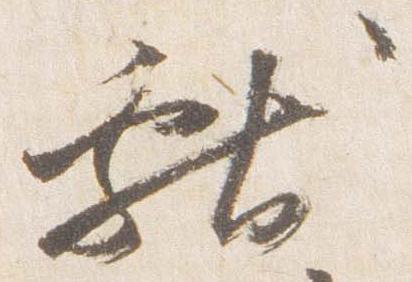
献